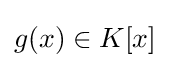
g(x)\in K[x]